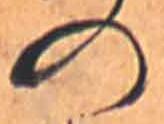
の